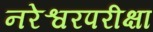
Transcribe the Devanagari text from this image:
नरेश्वरपरीक्षा